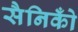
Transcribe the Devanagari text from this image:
सैनिकोँ